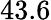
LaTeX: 43.6